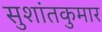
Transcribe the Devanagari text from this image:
सुशांतकुमार